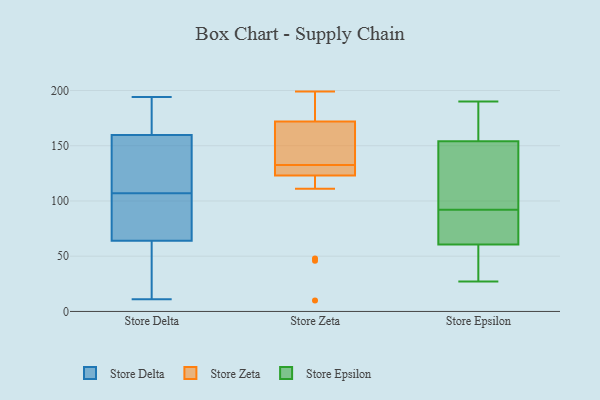
{"axis": {"x": "LTV (USD)", "y": "Value"}, "legend": ["Store Delta", "Store Epsilon", "Store Zeta"], "data": [{"x": "", "y": 159, "type": "Store Delta"}, {"x": "", "y": 90, "type": "Store Delta"}, {"x": "", "y": 34, "type": "Store Delta"}, {"x": "", "y": 85, "type": "Store Delta"}, {"x": "", "y": 194, "type": "Store Delta"}, {"x": "", "y": 11, "type": "Store Delta"}, {"x": "", "y": 153, "type": "Store Delta"}, {"x": "", "y": 126, "type": "Store Delta"}, {"x": "", "y": 74, "type": "Store Delta"}, {"x": "", "y": 107, "type": "Store Delta"}, {"x": "", "y": 170, "type": "Store Delta"}, {"x": "", "y": 162, "type": "Store Delta"}, {"x": "", "y": 19, "type": "Store Delta"}, {"x": "", "y": 132, "type": "Store Zeta"}, {"x": "", "y": 111, "type": "Store Zeta"}, {"x": "", "y": 172, "type": "Store Zeta"}, {"x": "", "y": 151, "type": "Store Zeta"}, {"x": "", "y": 197, "type": "Store Zeta"}, {"x": "", "y": 199, "type": "Store Zeta"}, {"x": "", "y": 10, "type": "Store Zeta"}, {"x": "", "y": 123, "type": "Store Zeta"}, {"x": "", "y": 166, "type": "Store Zeta"}, {"x": "", "y": 48, "type": "Store Zeta"}, {"x": "", "y": 125, "type": "Store Zeta"}, {"x": "", "y": 127, "type": "Store Zeta"}, {"x": "", "y": 198, "type": "Store Zeta"}, {"x": "", "y": 142, "type": "Store Zeta"}, {"x": "", "y": 133, "type": "Store Zeta"}, {"x": "", "y": 46, "type": "Store Zeta"}, {"x": "", "y": 128, "type": "Store Zeta"}, {"x": "", "y": 177, "type": "Store Zeta"}, {"x": "", "y": 63, "type": "Store Epsilon"}, {"x": "", "y": 187, "type": "Store Epsilon"}, {"x": "", "y": 27, "type": "Store Epsilon"}, {"x": "", "y": 92, "type": "Store Epsilon"}, {"x": "", "y": 98, "type": "Store Epsilon"}, {"x": "", "y": 152, "type": "Store Epsilon"}, {"x": "", "y": 53, "type": "Store Epsilon"}, {"x": "", "y": 117, "type": "Store Epsilon"}, {"x": "", "y": 63, "type": "Store Epsilon"}, {"x": "", "y": 49, "type": "Store Epsilon"}, {"x": "", "y": 190, "type": "Store Epsilon"}, {"x": "", "y": 81, "type": "Store Epsilon"}, {"x": "", "y": 160, "type": "Store Epsilon"}]}